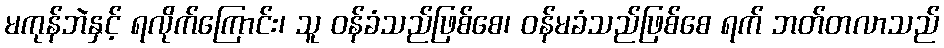
မကုန်ဘဲနှင့် ရလိုက်ကြောင်း၊ သူ ဝန်ခံသည်ဖြစ်စေ၊ ဝန်မခံသည်ဖြစ်စေ ရက် ဘတ်တလာသည်